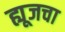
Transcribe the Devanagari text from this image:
ह्यूजचा